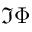
\Im \Phi